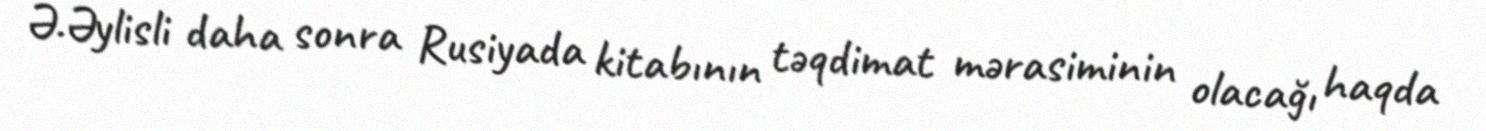
Ə.Əylisli daha sonra Rusiyada kitabının təqdimat mərasiminin olacağı haqda